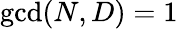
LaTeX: \operatorname*{gcd}(N,D)=1